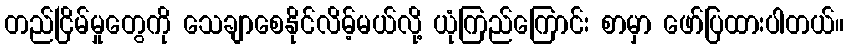
တည်ငြိမ်မှုတွေကို သေချာစေနိုင်လိမ့်မယ်လို့ ယုံကြည်ကြောင်း စာမှာ ဖော်ပြထားပါတယ်။